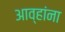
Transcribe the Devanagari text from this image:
आव्हांना